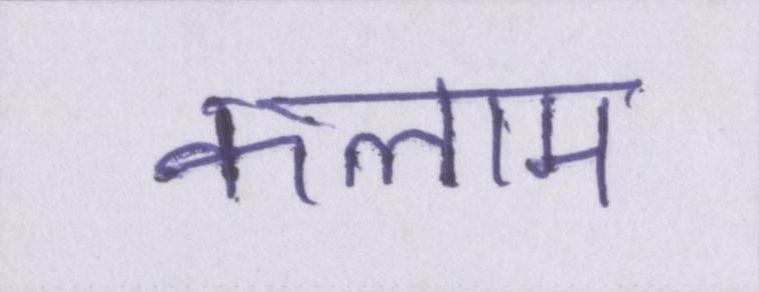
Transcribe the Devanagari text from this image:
कलाम